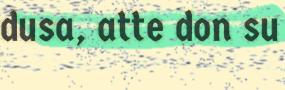
dusa, atte don su